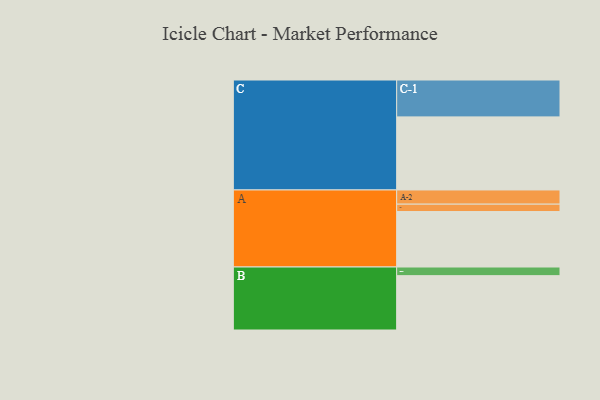
{"axis": {"x": "Segment", "y": "Value"}, "legend": ["", "A", "B", "C"], "data": [{"x": "A", "y": 391, "type": ""}, {"x": "B", "y": 383, "type": ""}, {"x": "C", "y": 515, "type": ""}, {"x": "A-1", "y": 52, "type": "A"}, {"x": "A-2", "y": 100, "type": "A"}, {"x": "B-1", "y": 61, "type": "B"}, {"x": "C-1", "y": 260, "type": "C"}]}